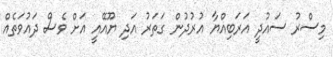
މިސްރު ސައުދީ އަރަބިއްޔާ އުރުދުން ގަތަރު އަދި ޔޫއޭއީ އަށް ވެސް ދައުވަތެއް